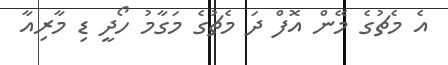
އެ މެޗުގެ މޭން އޮފް ދަ މެޗުގެ މަގާމު ހޯދީ ޑި މާރިއާ